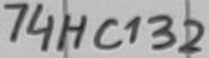
Text: 74HC132